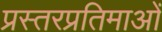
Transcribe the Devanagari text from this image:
प्रस्तरप्रतिमाओं